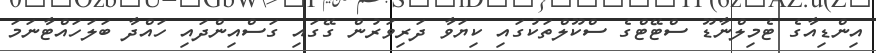
އިންޑިއާގެ ޓެމިލްނާޑޫ ސްޓޭޓްގެ ސްކޫލްތަކުގައި ކިޔަވާ ދަރިވަރުން ގޭގައި ގަސްއިންދައި ހައްދާ ބަލަހައްޓާނަމަ